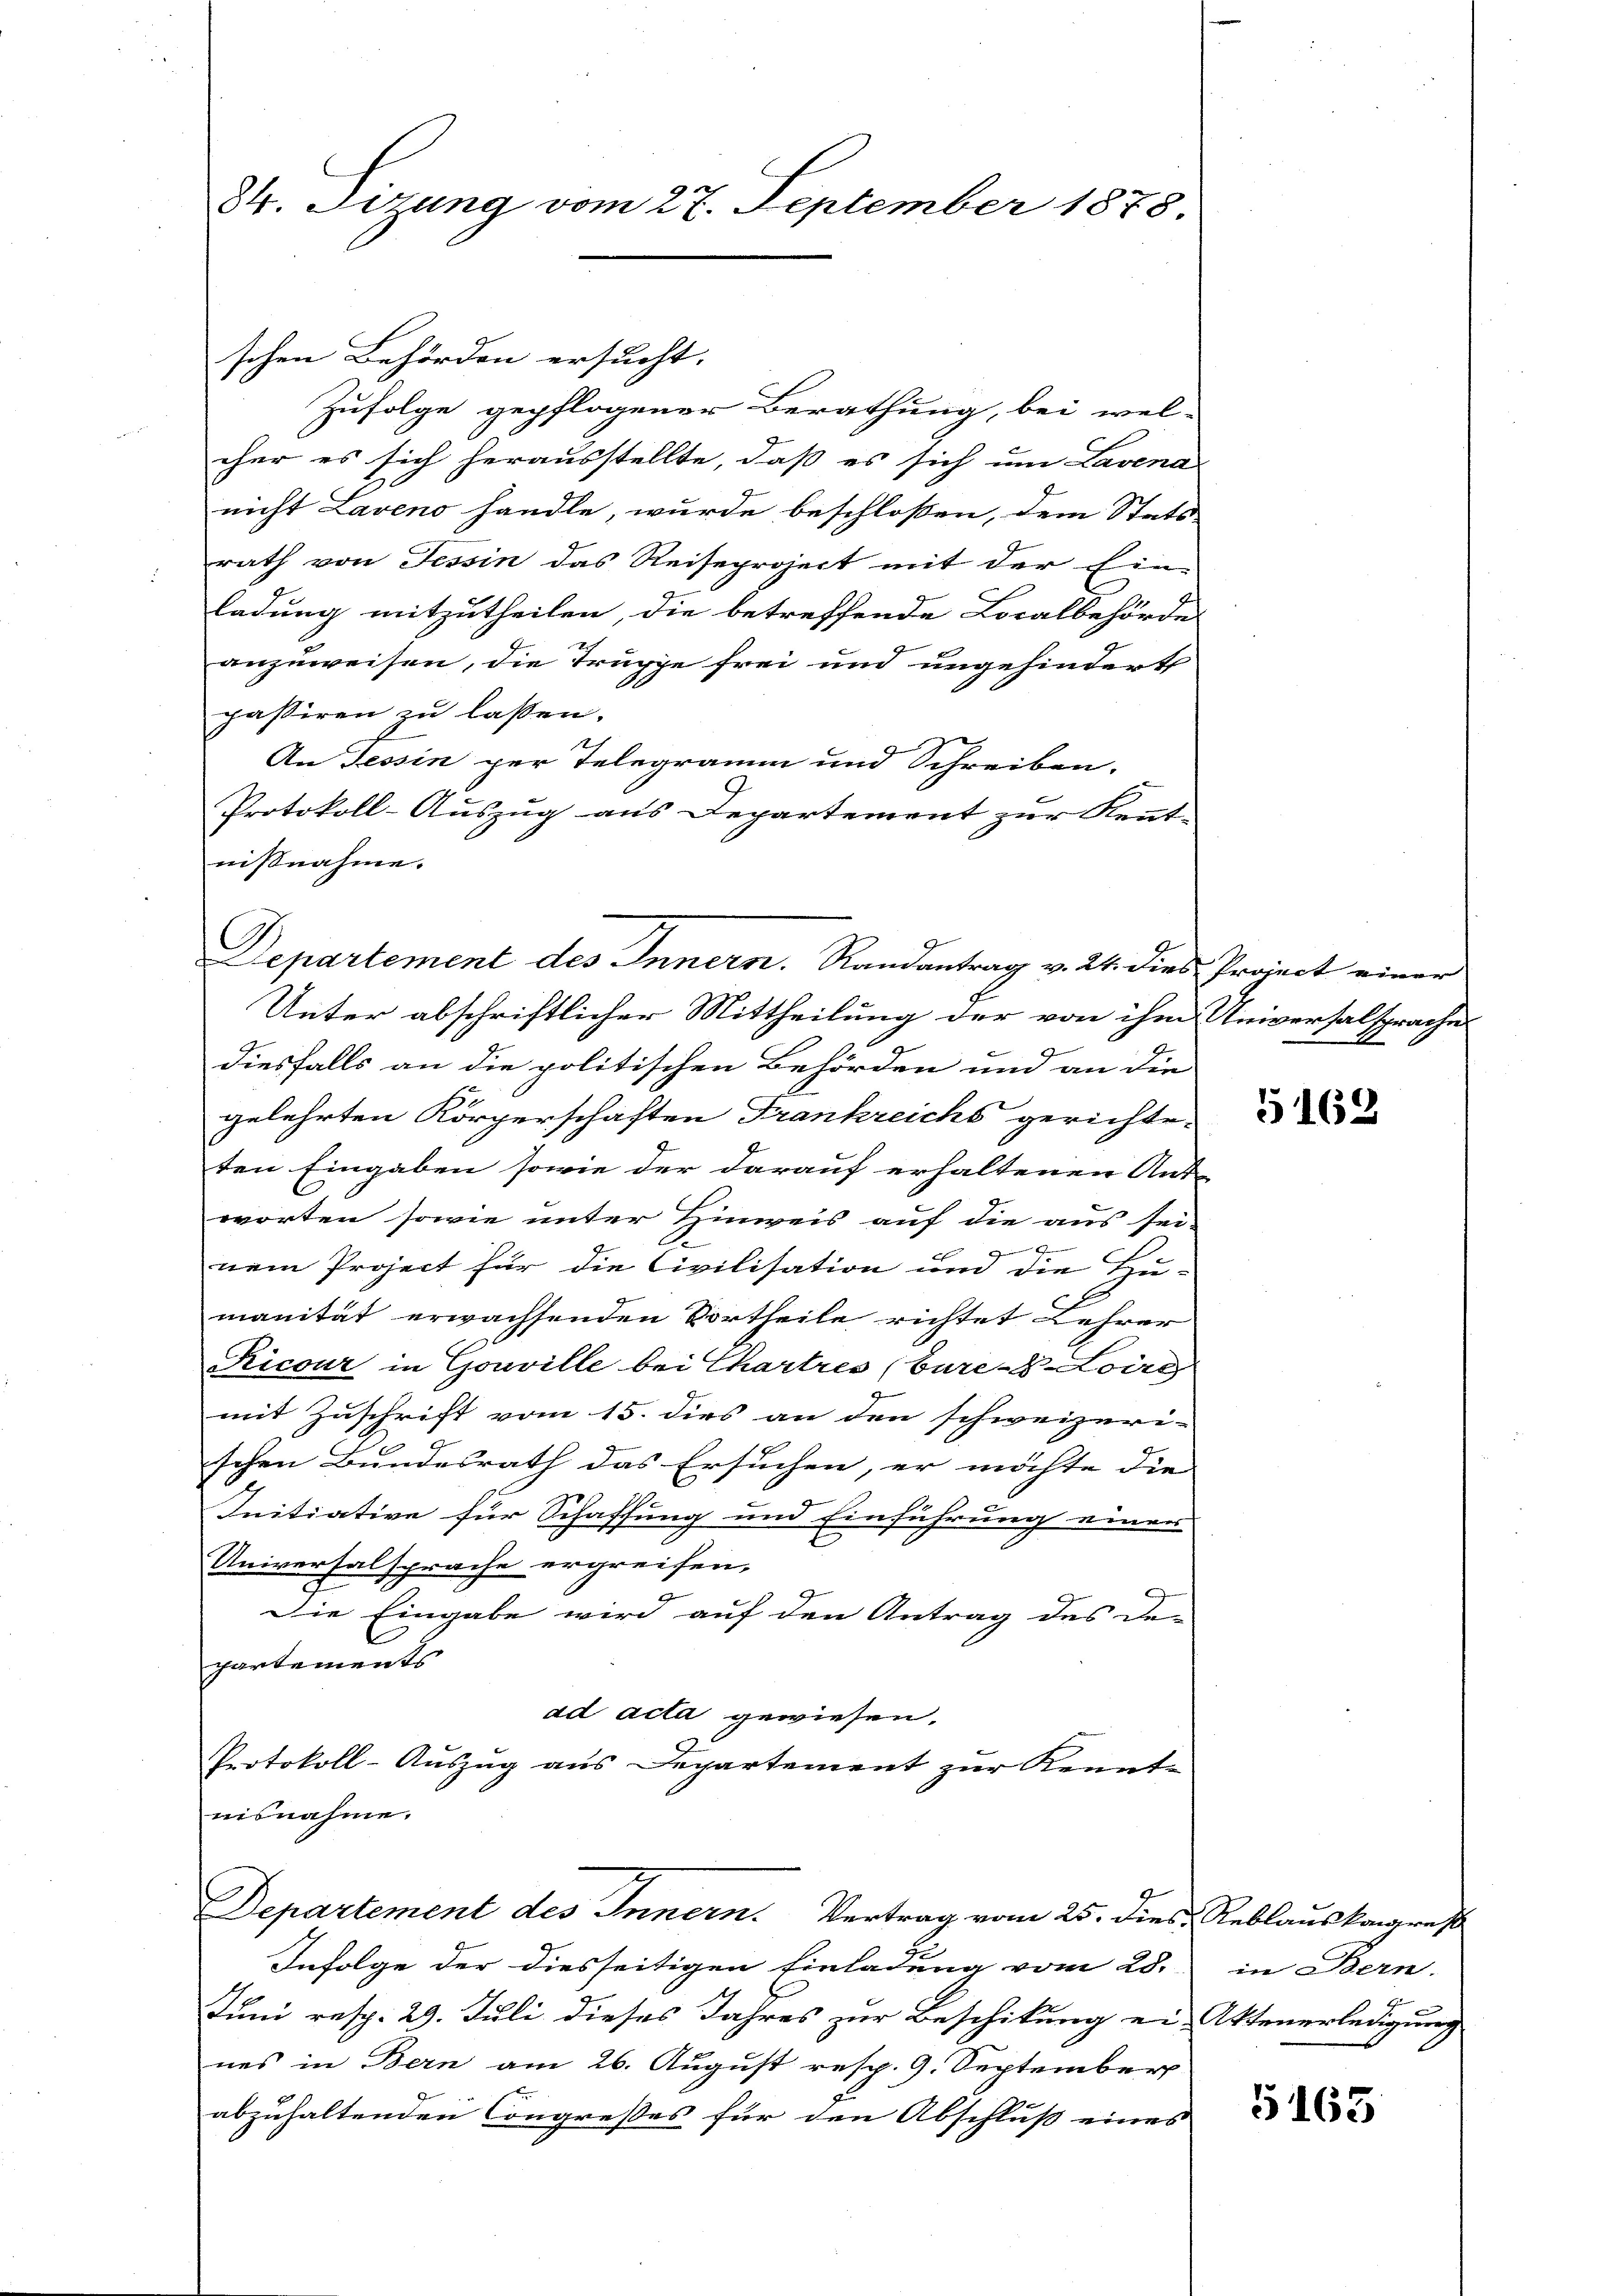
84. Sizung vom 27. September 1878

schen Behörden ersucht.
Zufolge gepflogener Berathung, bei wel-
cher es sich herausstellte, daß es sich um Lavena
nicht Laveno handle, wurde beschlossen, dem Stats-
rath von Tessin das Reiseproject mit der Ein-
ladung mitzutheilen, die betreffende Localbehörde
anzuweisen, die Truppe frei und ungehindert
passiren zu lassen.
An Tessin per Telegramm und Schreiben.
Protokoll-Auszug aus Departement zur Kennt-
nißnahme.
Unter abschriftlicher Mittheilung der von ihm Universalsprache
diesfalls an die politischen Behörden und an die
gelehrten Körperschaften Frankreichs gerichte-
ten Eingaben sowie der darauf erhaltenen Ant-
worten sowie unter Hinweis auf die aus sei-
nem Project für die Civilisation und die Hu-
manität erwachsenden Vortheile richtet Lehrer
Ricour in Gouville bei Chartres (Cure-8 Loag
mit Zuschrift vom 15. dies an den schweizeri-
schen Bundesrath das Ersuchen, er möchte die
Initiative für Schaffung und Einführung einer
Universalsprache ergreifen,
Die Eingabe wird auf den Antrag des De-
partements
ad acta gewiesen,
Protokoll-Aŭszŭg aŭs Departement zŭr Kennt-
nisnahme.

Departement des Innern. Randantrag v. 24. dies Project einer

Departement des Innern. Vertrag vom 25. dies, Reblauskongres

Infolge der diesseitigen Einladung vom 28. in Bern.
Juni resp. 29. Juli dieses Jahres zur Beschikung ei-Ottenerledigung
nes in Bern am 26. August resp. 9. September
abzuhaltenden Congreßes für den Abschluß eines

5162

5163